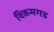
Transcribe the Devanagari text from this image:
विक़मगड